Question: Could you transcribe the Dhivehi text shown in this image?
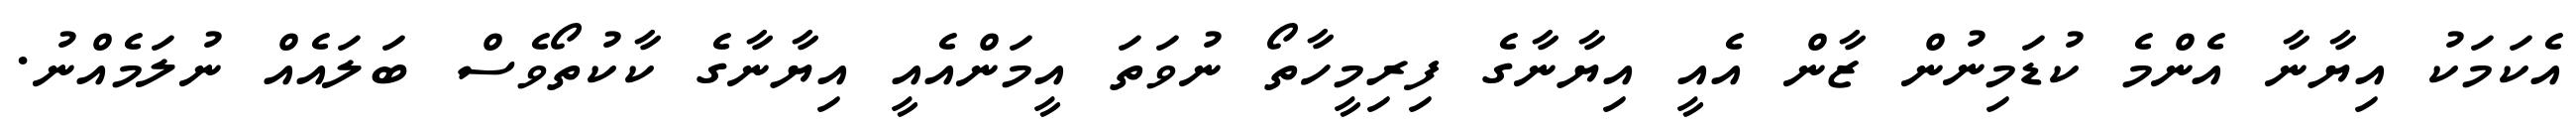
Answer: އެކަމަކު އިޔާނާ އެންމެ ކުޑަމިނުން ޒާން އެއީ އިޔާނާގެ ފިރިމީހާތޯ ނުވަތަ އީމަންއެއީ އިޔާނާގެ ކާކުތޯވެސް ބަލައެއް ނުލަމެއްނު.